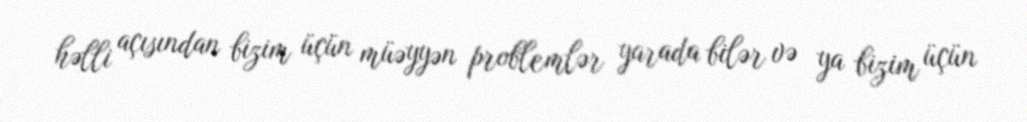
həlli açısından bizim üçün müəyyən problemlər yarada bilər və ya bizim üçün